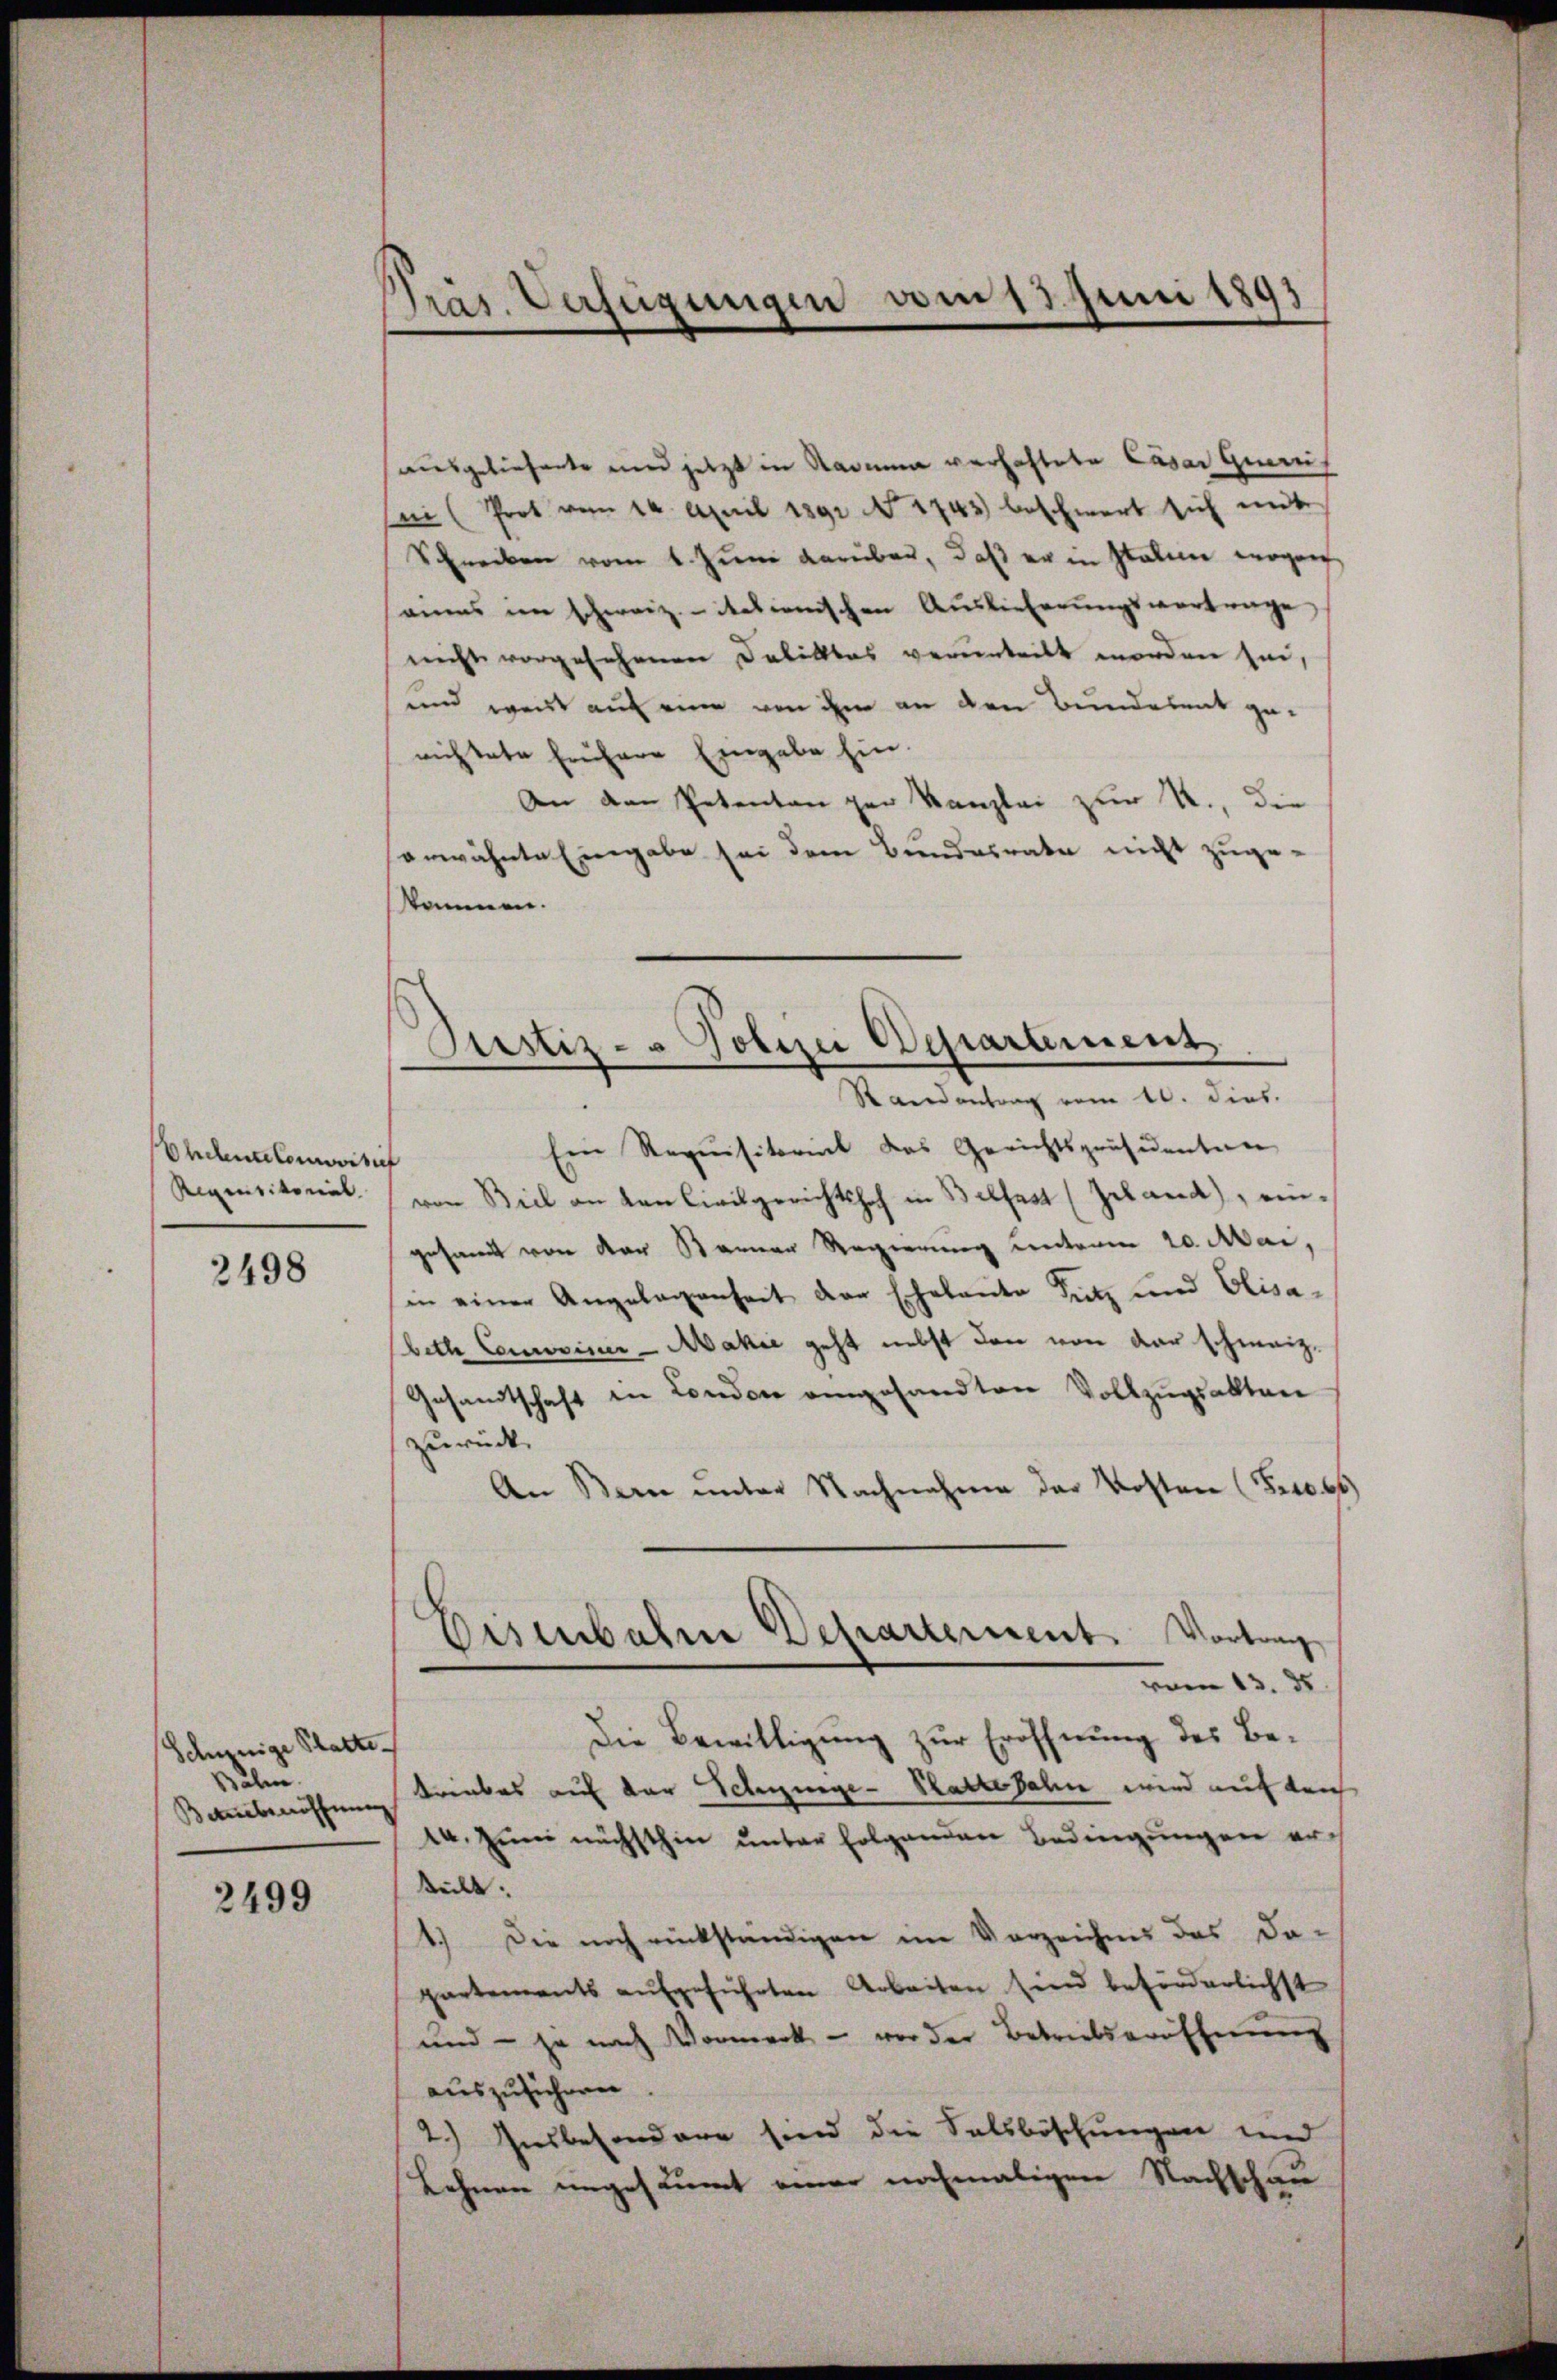
Ehelenlonisc
Regensitorial

2498

Schinige Platte
salm
Bauberöffnung

2499

Präs. Verfügungen am 13. Juni 1891

Pustiz- & Polizei Departement
Standentrag vom 20. dies.

ausgeliehente und jetzt in Radia verhaftete Casar geruf
 (Prot vom 14. April 1891 No 1743 beschwert sich mit
Schreiben vom 1. Juni darüben, daß er in Stalen vergan
seines im Schweiz. italienischen Auslieferungsvortrage
nicht vorgesehenen Deliktes verurteilt worden sei,
und weist auf eine von ihm an den Bendalent gerichtete frühere Eingabe hin.
An den Petenten per Kanzlei zur R., die
erwähnte Eingabe sei dem Bundesrate nicht zuge-
kommen.
Ein Requisitorial das Gerichtspräsidenten
von Biel an von Civilgerichtshof in Belfest (Zeland), ein-
gesamt von der Sarner Regierung Centerm 20. Mai,
in einer Angelegenheit der Eheleute Sitz und Elisabeth Consiner-Aahre geht nebst den von der schmeiz¬
Gesandtschaft in London angesandten Vollzŭgsakten
zurück
An Bern unter Nachnahme der Kosten (Freib
Eisenbahne Departement. Vortrag
vom 13. ds.
Die Bewilligung zur Eröffnung des Betriebes auf der Schnunge- Rattebahn wird auf den
14. Juni nächsthin unter folgenden Bedingungen ertteilt.
1.) Die noch rückständigen im Vorzeichnis des Da-
partements aufgeführten Arbeiten sind beförderlichst
und – ja nach Vormerk - vor der Betreitseröffnung
auszuführen.
2.) Insbesondere sind die Salsböschungen und
Lehnen ungesäumt einer nochmaligen Nachschau